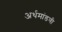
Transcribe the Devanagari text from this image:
अर्थमांडणी